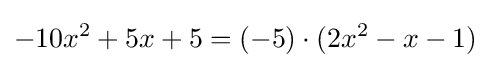
-10x^{2}+5x+5=(-5)\cdot (2x^{2}-x-1)